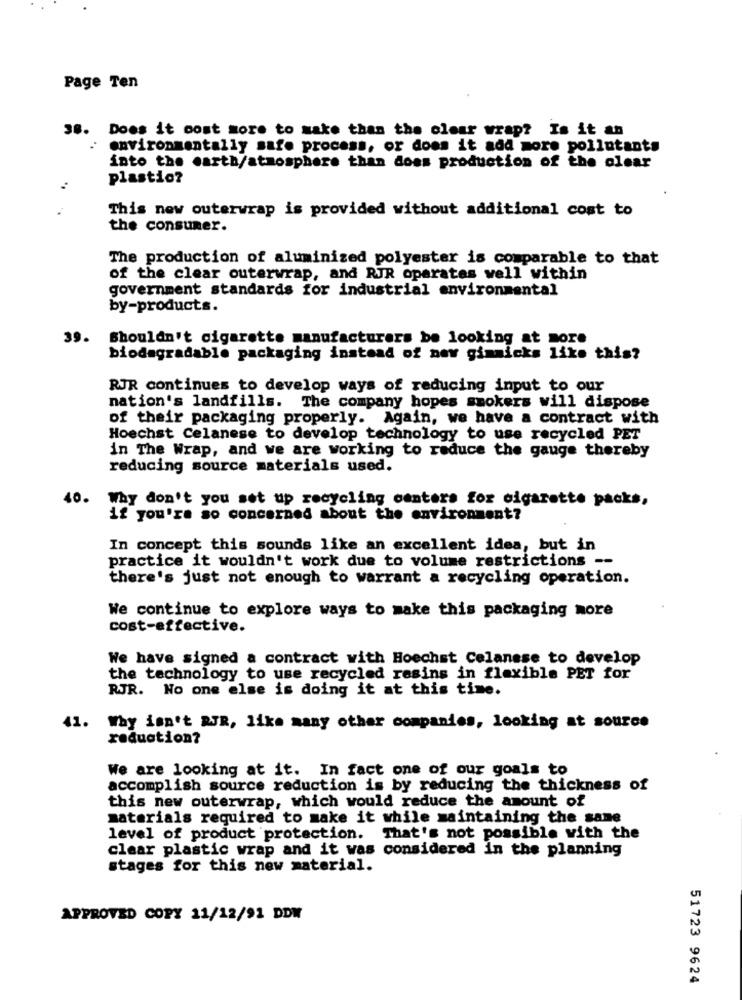
Page Ten
38. Does it cost more to make than the clear wrap? Is it an
environmentally safe process, or does it add more pollutants
into the earth/atmosphere than does production of the clear
plastio?
This new outerwrap is provided without additional cost to
the consumer.
The production of aluminized polyester is comparable to that
of the clear outerwrap, and RJR operates well within
government standards for industrial environmental
by-products.
39. Shouldn't cigarette manufacturers be looking at more
biodegradable packaging instead of new gimmicks like this?
RJR continues to develop ways of reducing input to our
nation's landfills. The company hopes smokers will dispose
of their packaging properly. Again, we have a contract with
Hoechst Celanese to develop technology to use recycled PET
in The Wrap, and we are working to reduce the gauge thereby
reducing source materials used.
40.
Why don't you set up recycling centers for cigarette packs,
if you're so concerned about the environment?
In concept this sounds like an excellent idea, but in
practice it wouldn't work due to volume restrictions --
there's just not enough to warrant a recycling operation.
We continue to explore ways to make this packaging more
cost-effective.
We have signed a contract with Hoechst Celanese to develop
the technology to use recycled resins in flexible PET for
RJR. No one else is doing it at this time.
1. Why isn't RJR, like many other companies, looking at source
reduction?
We are looking at it. In fact one of our goals to
accomplish source reduction is by reducing the thickness of
this new outerwrap, which would reduce the amount of
materials required to make it while maintaining the same
level of product protection. That's not possible with the
clear plastic wrap and it was considered in the planning
stages for this new material.
APPROVED COPY 11/12/91 DDW
51723 9624